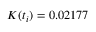
K ( t _ { i } ) = 0 . 0 2 1 7 7